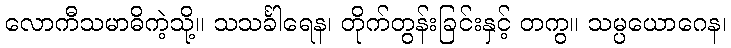
လောကီသမာဓိကဲ့သို့။ သသင်္ခါရေန၊ တိုက်တွန်းခြင်းနှင့် တကွ။ သမ္ပယောဂေန၊